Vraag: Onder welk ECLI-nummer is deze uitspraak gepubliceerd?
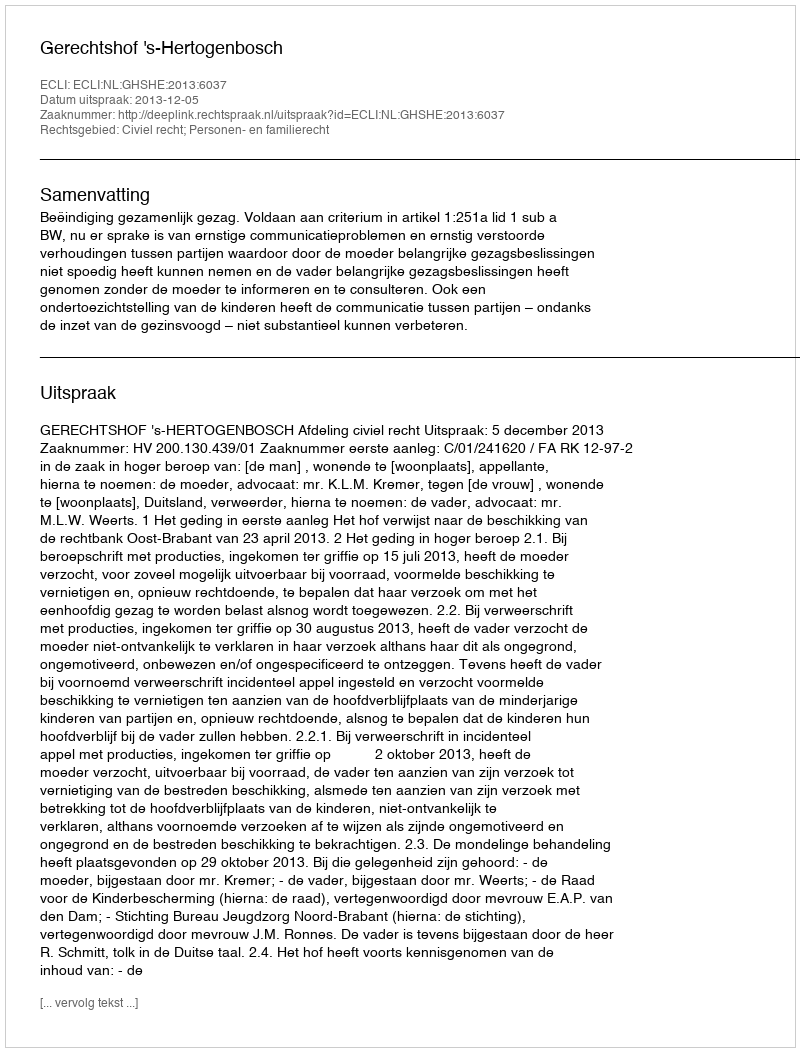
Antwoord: ECLI:NL:GHSHE:2013:6037